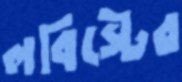
লবিস্টের